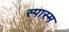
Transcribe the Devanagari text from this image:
स्पास्म